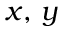
x , \, y